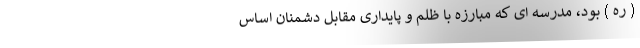
( ره ) بود، مدرسه ای که مبارزه با ظلم و پایداری مقابل دشمنان اساس